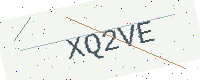
Text: XQ2VE